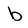
Character: b